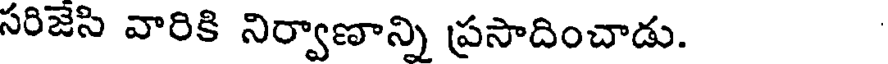
సరిజేసి వారికి నిర్వాణాన్ని ప్రసాదించాడు.